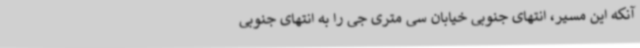
آنکه این مسیر، انتهای جنوبی خیابان سی متری جی را به انتهای جنوبی